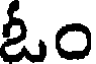
ఓం